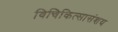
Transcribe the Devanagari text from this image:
विचिकित्सासंशय